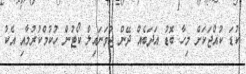
ކުޑަ ކުއްޖަކަށް މިހާ ބޮޑު އަދަބެއް ދޭން ޖުވަނައިލް ކޯޓުން ހުކުމްކުރުމާއި އެކު